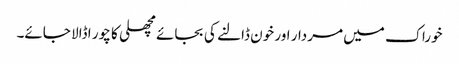
خوراک میں مردار اور خون ڈالنے کی بجائے مچھلی کا چور ا ڈالا جائے۔